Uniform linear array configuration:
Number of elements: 24
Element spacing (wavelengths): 1
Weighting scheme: hamming
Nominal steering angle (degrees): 30
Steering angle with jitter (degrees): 28.687
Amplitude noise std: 0.05
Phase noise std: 0.05

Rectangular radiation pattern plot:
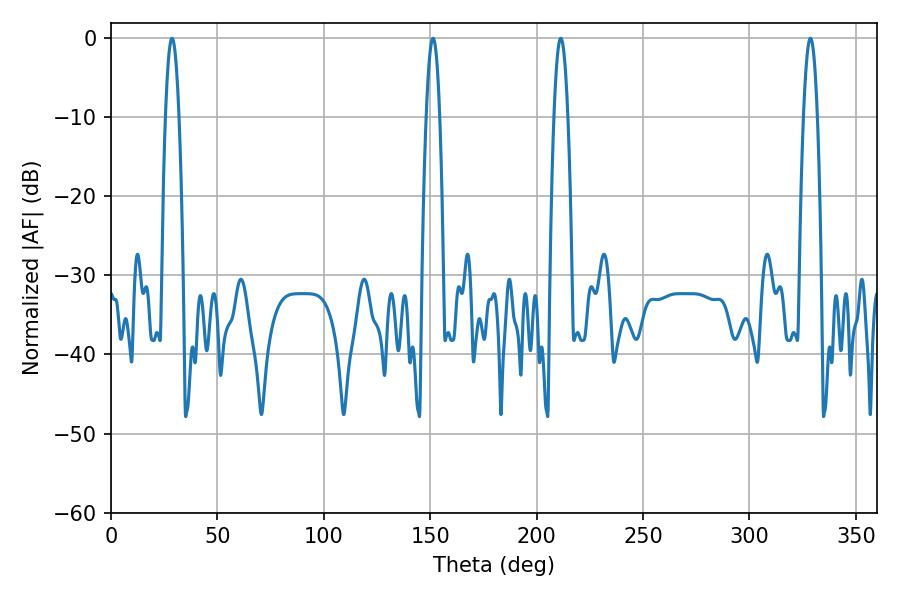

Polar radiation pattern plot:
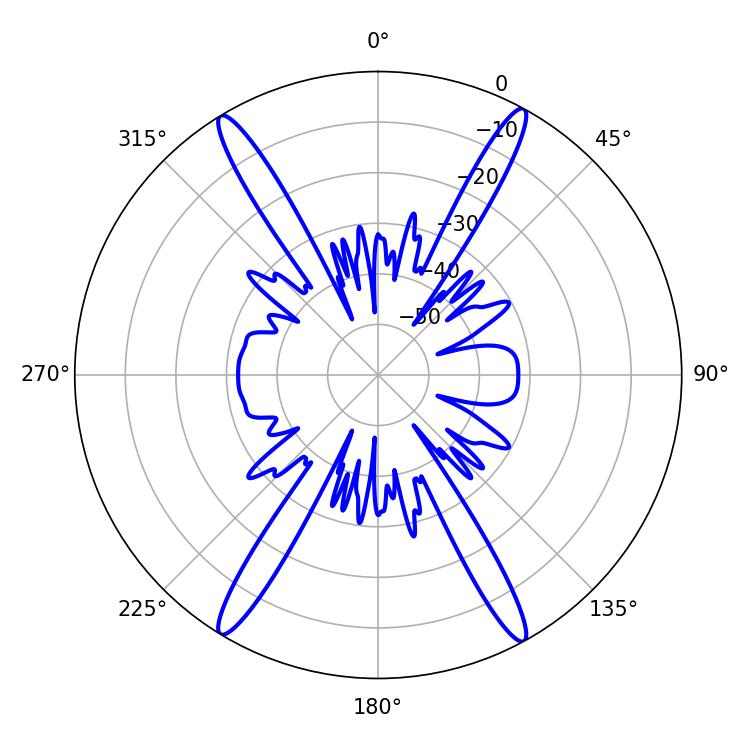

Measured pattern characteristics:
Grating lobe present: TRUE
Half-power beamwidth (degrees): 3.6
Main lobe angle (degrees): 211.32